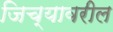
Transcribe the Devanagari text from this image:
जिच्यावरील